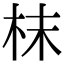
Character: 枺